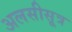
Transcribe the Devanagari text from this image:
अलसीसूत्र